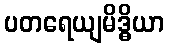
ပတရေယျမိဒ္ဓိယာ